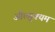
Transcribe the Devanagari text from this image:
औत्सुक्यम